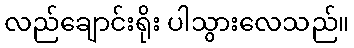
လည်ချောင်းရိုး ပါသွားလေသည်။